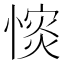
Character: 𢠡